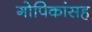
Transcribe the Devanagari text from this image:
गोपिकांसह